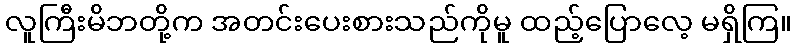
လူကြီးမိဘတို့က အတင်းပေးစားသည်ကိုမူ ထည့်ပြောလေ့ မရှိကြ။